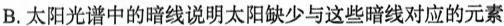
B.太阳光谱中的暗线说明太阳缺少与这些暗线对应的元素